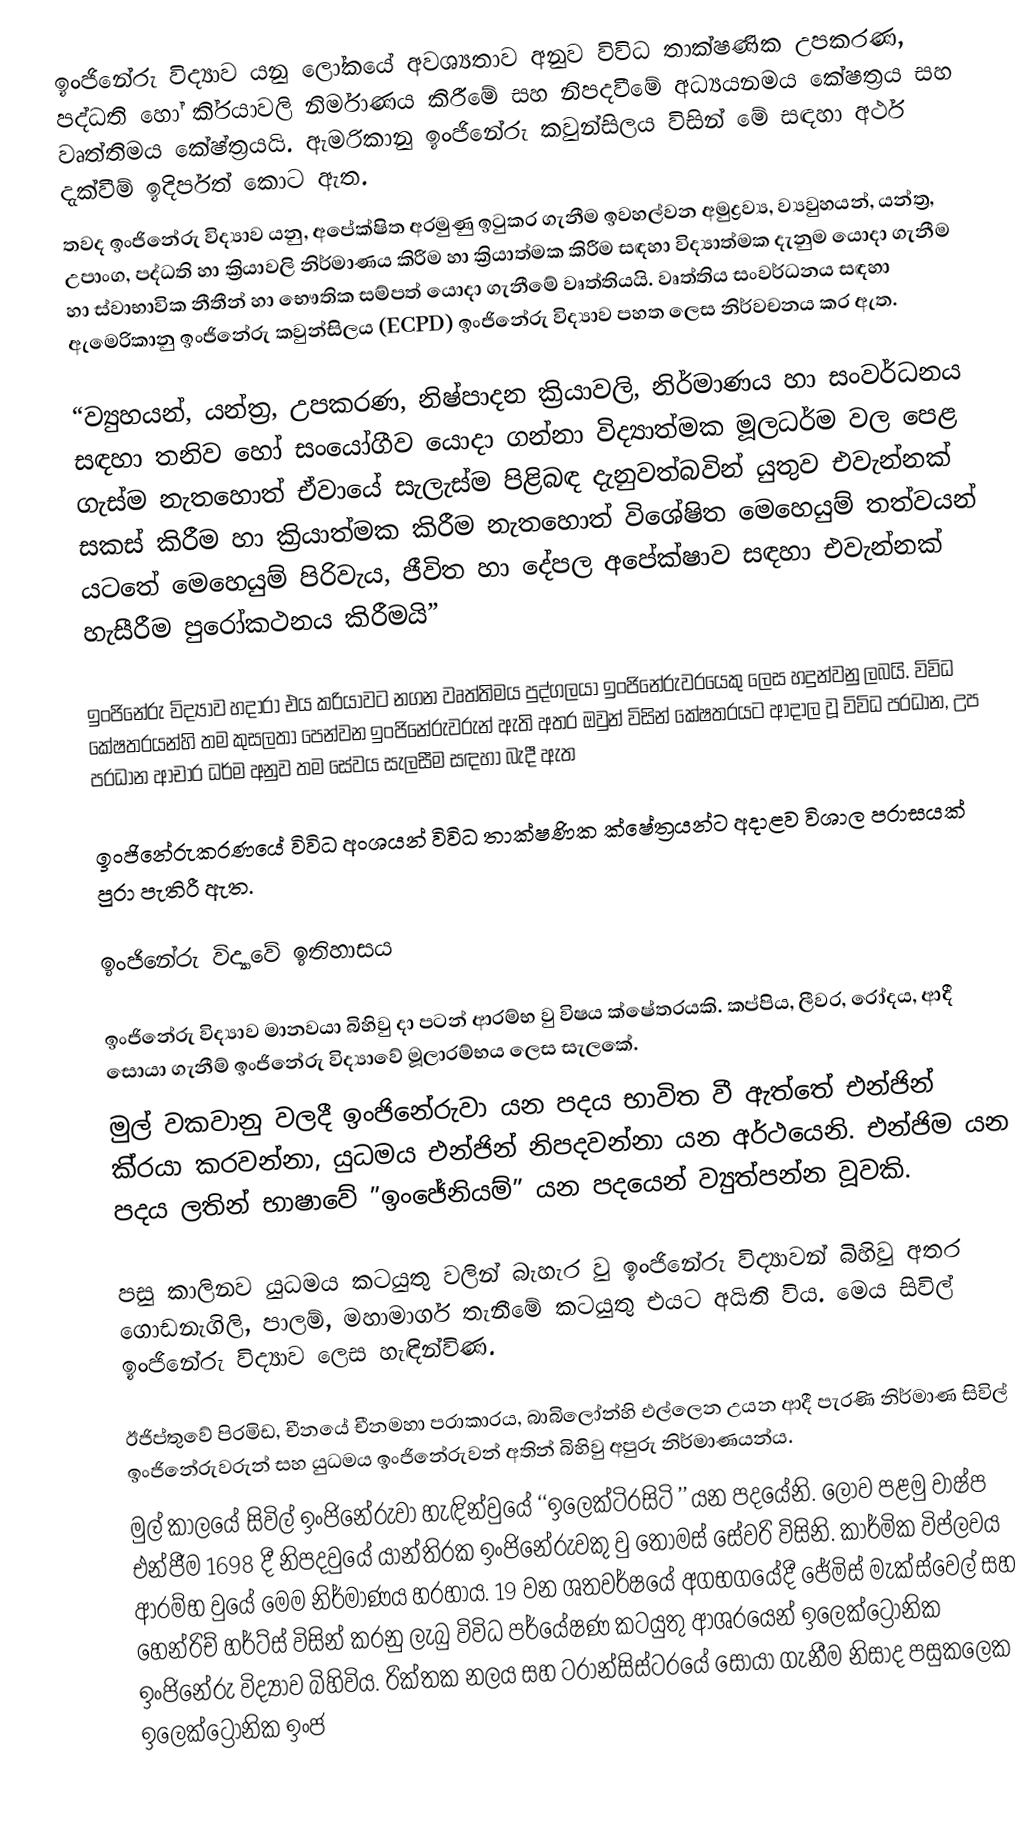
ඉංජිනේරු විද්‍යාව යනු ලෝකයේ අවශ්‍යතාව අනුව විවිධ තාක්ෂණික උපකරණ, පද්ධති හෝ කි‍්‍රයාවලි නිර්මාණය කිරීමේ සහ නිපදවීමේ අධ්‍යයනමය කේෂත‍්‍රය සහ වෘත්තිමය කේෂ්ත‍්‍රයයි. ඇමරිකානු ඉංජිනේරු කවුන්සිලය විසින් මේ සඳහා අර්ථ දැක්වීම් ඉදිර්පත් කොට ඇත.
තවද ඉංජිනේරු විද්‍යාව යනු, අපේක්ෂිත අරමුණු ඉටුකර ගැනීම ඉවහල්වන අමුද්‍රව්‍ය, ව්‍යවුහයන්, යන්ත්‍ර, උපාංග, පද්ධති හා ක්‍රියාවලි නිර්මාණය කිරීම හා ක්‍රියාත්මක කිරීම සඳහා විද්‍යාත්මක දැනුම යොදා ගැනීම හා ස්වාභාවික නීතීන් හා භෞතික සම්පත් යොදා ගැනීමේ වෘත්තියයි.  වෘත්තිය සංවර්ධනය සඳහා ඇමෙරිකානු ඉංජිනේරු කවුන්සිලය (ECPD) ඉංජිනේරු විද්‍යාව පහත ලෙස නිර්වචනය කර ඇත.

“ව්‍යුහයන්, යන්ත්‍ර, උපකරණ, නිෂ්පාදන ක්‍රියාවලි, නිර්මාණය හා සංවර්ධනය සඳහා තනිව හෝ සංයෝගීව යොදා ගන්නා විද්‍යාත්මක මූලධර්ම වල පෙළ ගැස්ම නැතහොත් ඒවායේ සැලැස්ම පිළිබඳ දැනුවත්බවින්  යුතුව එවැන්නක් සකස් කිරීම හා ක්‍රියාත්මක කිරීම නැතහොත් විශේෂිත මෙහෙයුම් තත්වයන් යටතේ මෙහෙයුම් පිරිවැය, ජීවිත හා දේපල අපේක්ෂාව සඳහා එවැන්නක් හැසීරීම පුරෝකථනය කිරීමයි”

ඉංජිනේරු විද්‍යාව හදාරා එය ක‍්‍රියාවට නගන වෘත්තිමය පුද්ගලයා ඉංජිනේරුවරයෙකු ලෙස හදුන්වනු ලබයි. විවිධ කේෂත‍්‍රයන්හි තම කුසලතා පෙන්වන ඉංජිනේරුවරුන් ඇති අතර ඔවුන් විසින් කේෂත‍්‍රයට ආදාල වූ විවිධ ප‍්‍රධාන, උප ප‍්‍රධාන ආචාර ධර්ම අනුව තම සේවය සැලසීම සඳහා බැදී ඇත

ඉංජිනේරුකරණයේ විවිධ අංශයන් විවිධ තාක්ෂණික ක්ෂේත්‍රයන්ට අදාළව විශාල පරාසයක් පුරා පැතිරී ඇත.

ඉංජිනේරු විද්‍යාවේ ඉතිහාසය

ඉංජිනේරු විද්‍යාව මානවයා බිහිවු දා පටන් ආරම්භ වු විෂය ක්ෂේත‍්‍රයකි. කප්පිය, ලීවර, රෝදය, ආදී සොයා ගැනීම් ඉංජිනේරු විද්‍යාවේ මූලාරම්භය ලෙස සැලකේ.
මුල් වකවානු වලදී ඉංජිනේරුවා යන පදය භාවිත වී ඇත්තේ එන්ජින් කි‍්‍රයා කරවන්නා, යුධමය එන්ජින් නිපදවන්නා යන අර්ථයෙනි. එන්ජිම යන පදය ලතින් භාෂාවේ ”ඉංජේනියම්” යන පදයෙන් ව්‍යුත්පන්න වූවකි.

පසු කාලිනව යුධමය කටයුතු වලින් බැහැර වු ඉංජිනේරු විද්‍යාවන් බිහිවු අතර ගොඩනැගිලි, පාලම්, මහාමාර්ග තැනීමේ කටයුතු එයට අයිති විය. මෙය සිවිල් ඉංජිනේරු විද්‍යාව ලෙස හැඳින්විණ.

ඊජිප්තුවේ පිරමිඩ, චීනයේ චීනමහා ප‍්‍රාකාරය, බාබිලෝන්හි එල්ලෙන උයන ආදී පැරණි නිර්මාණ සිවිල් ඉංජිනේරුවරුන් සහ යුධමය ඉංජිනේරුවන් අතින් බිහිවු අපුරු නිර්මාණයන්ය.
මුල් කාලයේ සිවිල් ඉංජිනේරුවා හැඳින්වුයේ ‘‘ඉලෙක්ටි‍්‍රසිටි ’’ යන පදයේනි. ලොව පළමු වාෂ්ප එන්ජීම 1698 දී නිපදවුයේ යාන්ති‍්‍රක ඉංජිනේරුවකු වු තෝමස් සේවරි විසිනි. කාර්මික විප්ලවය ආරම්භ වුයේ මෙම නිර්මාණය හරහාය. 19 වන ශතවර්ෂයේ අගභගයේදී ජේමිස් මැක්ස්වෙල් සහ හෙන්රිච් හර්ට්ස් විසින් කරනු ලැබු විවිධ පර්යේෂණ කටයුතු ආශ‍්‍රයෙන් ඉලෙක්ට්‍රොනික ඉංජිනේරු විද්‍යාව බිහිවිය. රික්තක නලය සහ ට‍්‍රාන්සිස්ටරයේ සොයා ගැනීම නිසාද පසුකලෙක ඉලෙක්ට්‍රොනික ඉංජ